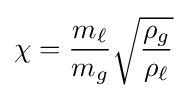
\chi ={\frac {m_{\ell }}{m_{g}}}{\sqrt {\frac {\rho _{g}}{\rho _{\ell }}}}